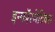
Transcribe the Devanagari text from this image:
इन्‍फॉरमेटिक्‍स